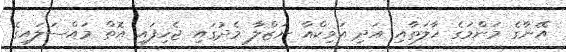
އޭނާގެ މަންމަގެ ހާލަތާއި އަދި އަވިކްއާ ނަޒްލާ މެދުގައި ޖެހިފައި އޮތް މައްސަލައިގެ